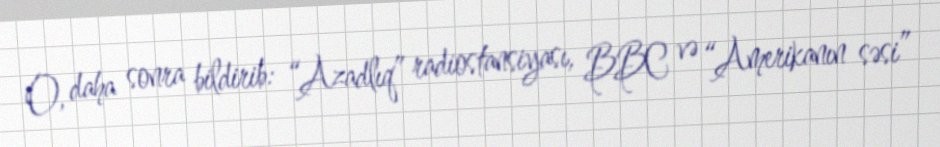
O, daha sonra bildirib: “Azadlıq” radiostansiyası, BBC və “Amerikanın səsi”